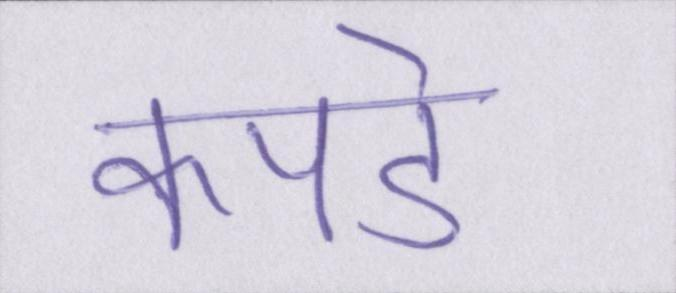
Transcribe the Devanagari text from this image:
कपडे